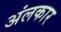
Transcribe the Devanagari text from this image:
अंलकार